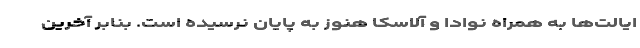
ایالت‌ها به همراه نوادا و آلاسکا هنوز به پایان نرسیده است. بنابر آخرین